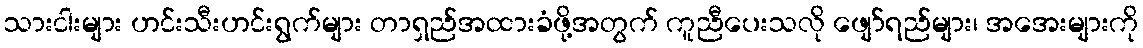
သားငါးများ ဟင်းသီးဟင်းရွက်များ တာရှည်အထားခံဖို့အတွက် ကူညီပေးသလို ဖျော်ရည်များ၊ အအေးများကို